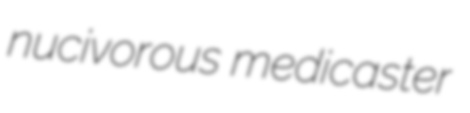
nucivorous medicaster